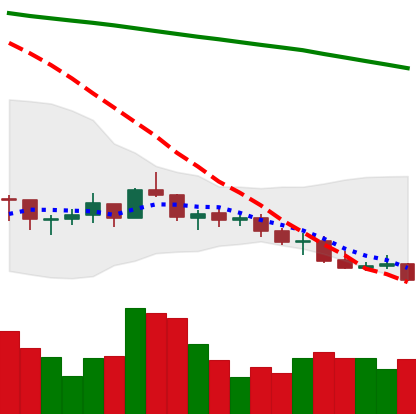
Ticker: LINK-USD
Chart end date: 2021-07-19
Forward return: 15.141%
Label: up_7plus